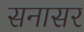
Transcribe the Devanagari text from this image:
सनासर